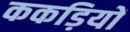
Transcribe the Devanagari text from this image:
ककड़ियों